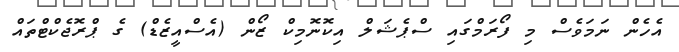
އެހެން ނަމަވެސް މި ފޯރަމްގައި ސްޕެޝަލް އިކޮނޮމިކް ޒޯން (އެސްއީޒެޑް) ގެ ޕްރޮޖެކްޓްތައް